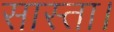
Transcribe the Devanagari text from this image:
सास्ता।